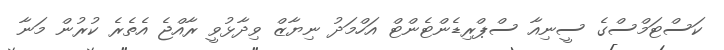
ކަސްޓަމްސްގެ ސީނިއާ ސްޕްރިޑެންޓެންޓް އަހްމަދު ނިޔާޒް ވިދާޅުވީ ރާއްޖެ އެތެރެ ކުރުން މަނާ